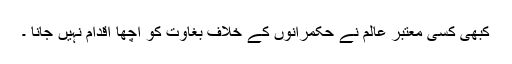
کبھی کسی معتبر عالم نے حکمرانوں کے خلاف بغاوت کو اچھا اقدام نہیں جانا ۔